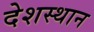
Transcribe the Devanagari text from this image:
देशस्थान